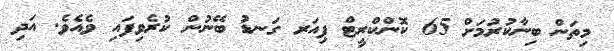
މިތަން ބިނާކުރުމަށް 65 ކޮންކްރީޓް ޕިއަރ ގަނޑު ބޭނުން ކުރެވިފައި ވެއެވެ. އަދި